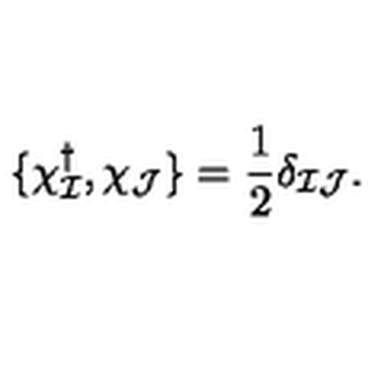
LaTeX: \{ \chi _ { \cal I } ^ { \dagger } , \chi _ { \cal J } \} = { \frac { 1 } { 2 } } \delta _ { { \cal I } { \cal J } } .